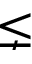
\lneq